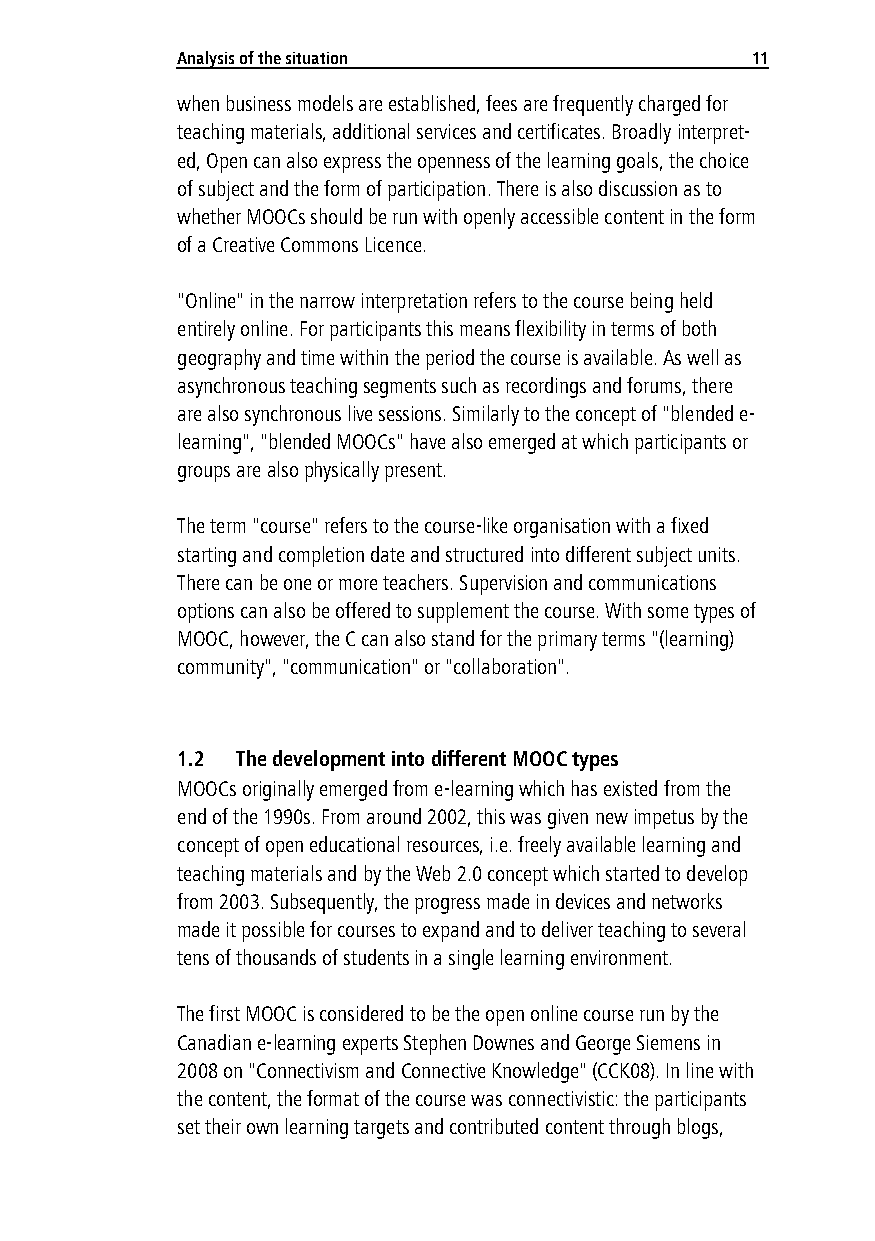
Analy sis of the situation            11
 when business models are established, fees are frequently charged for
 teaching materials, additional services and certificates. Broadly interpret-
 ed, Open can also express the openness of the learning goals, the choice
 of subject and the form of participation. There is also discussion as to
 whether MOOCs should be run with openly accessible content in the form
 of a Creative Commons Licence.
 "Online" in the narrow interpretation refers to the course being held
 entirely online. For participants this means flexibility in terms of both
 geography and time within the period the course is available. As well as
 asynchronous teaching segments such as recordings and forums, there
 are also synchronous live sessions. Similarly to the concept of "blended e-
 learning", "blended MOOCs" have also emerged at which participants or
 groups are also physically present.
 The term "course" refers to the course-like organisation with a fixed
 starting and completion date and structured into different subject units.
 There can be one or more teachers. Supervision and communications
 options can also be offered to supplement the course. With some types of
 MOOC, however, the C can also stand for the primary terms "(learning)
 community", "communication" or "collaboration".
 1.2 The development into different MOOC types
 MOOCs originally emerged from e-learning which has existed from the
 end of the 1990s. From around 2002, this was given new impetus by the
 concept of open educational resources, i.e. freely available learning and
 teaching materials and by the Web 2.0 concept which started to develop
 from 2003. Subsequently, the progress made in devices and networks
 made it possible for courses to expand and to deliver teaching to several
 tens of thousands of students in a single learning environment.
 The first MOOC is considered to be the open online course run by the
 Canadian e-learning experts Stephen Downes and George Siemens in
 2008 on "Connectivism and Connective Knowledge" (CCK08). In line with
 the content, the format of the course was connectivistic: the participants
 set their own learning targets and contributed content through blogs,